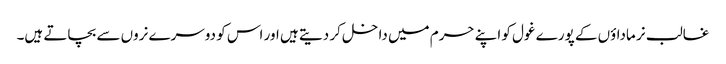
غالب نر ماداؤں کے پورے غول کو اپنے حرم میں داخل کر دیتے ہیں اور اس کو دوسرے نروں سے بچاتے ہیں۔